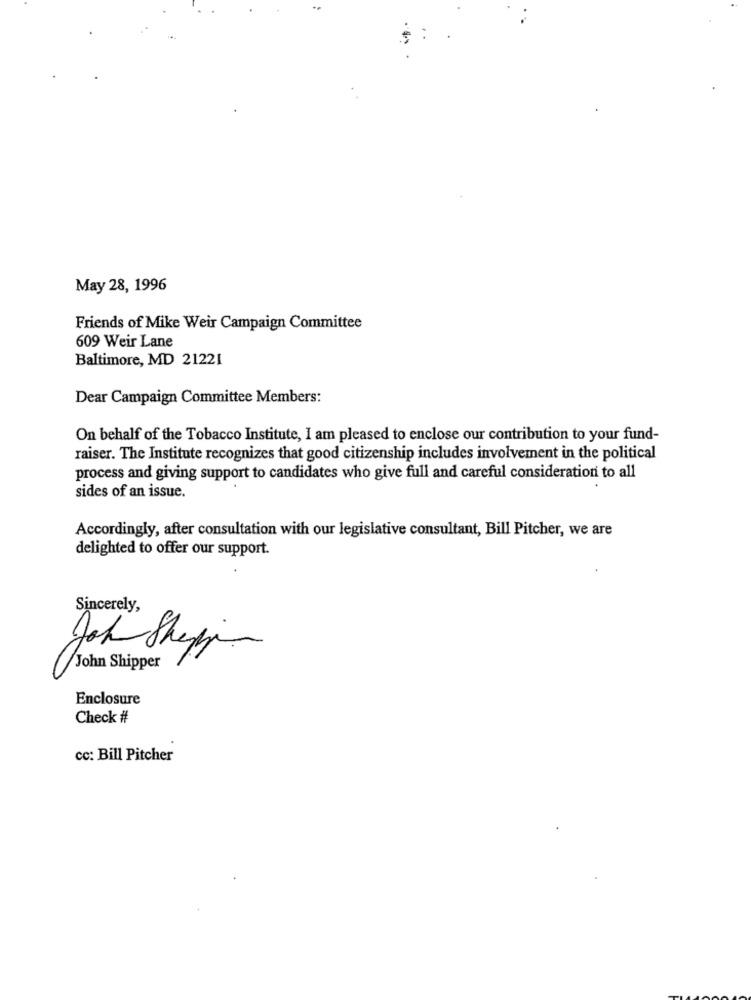
May 28, 1996
Friends of Mike Weir Campaign Committee
609 Weir Lane
Baltimore, MD 21221
Dear Campaign Committee Members:
On behalf of the Tobacco Institute, I am pleased to enclose our contribution to your fund-
raiser. The Institute recognizes that good citizenship includes involvement in the political
process and giving support to candidates who give full and careful consideration to all
sides of an issue.
Accordingly, after consultation with our legislative consultant, Bill Pitcher, we are
delighted to offer our support.
Sincerely,
Jah Shep
John Shipper
Enclosure
Check #
cc: Bill Pitcher